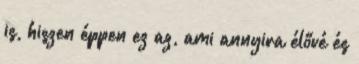
is, hiszen éppen ez az, ami annyira élővé és